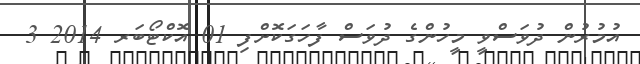
އުމުރުން ދުވަސްވީ މީހުންގެ ދުވަސް ފާހަގަކޮށްފި 01 އޮކްޓޯބަރ 2014 3